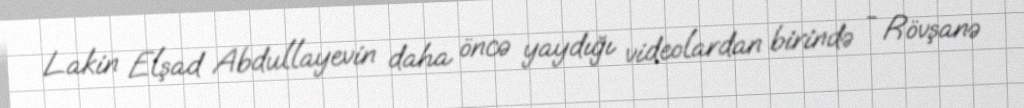
Lakin Elşad Abdullayevin daha öncə yaydığı videolardan birində - Rövşanə